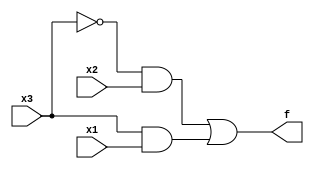
module top_module( 
    input x3,
    input x2,
    input x1,  // three inputs
    output f   // one output
);

    // use Karnaugh map to simplify
    assign f = (!x3 & x2) | (x3 & x1);

endmodule